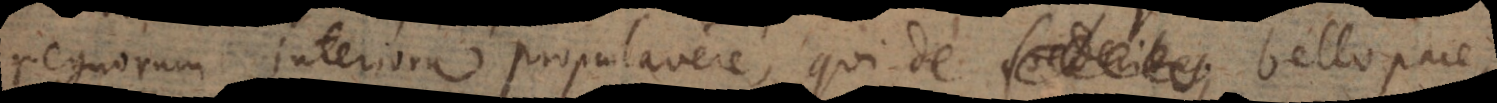
regnorum interiora propalavere, qui de bello, pace,